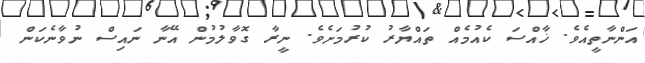
އަންނާތީއެވެ. ޚާއްސަ ކެއުމެއް ތައްޔާރު ކުރުމަށެވެ. ނީރާ ގޮވާލުމުން އޭނާ ނައިސް ނުވާނެކަން